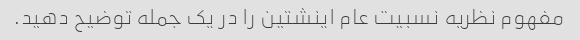
مفهوم نظریه نسبیت عام اینشتین را در یک جمله توضیح دهید.